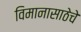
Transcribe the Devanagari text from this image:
विमानासाठेचे